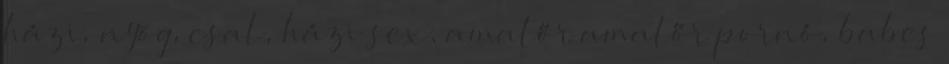
házi, nyög, csal, házi sex, amatőr amatőr pornó, babes